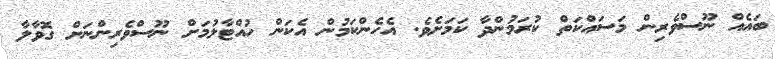
ބައެއް ނޫސްވެރިން މަސައްކަތް ކުރަމުންދާ ކަމަށެވެ. އެހެންކަމުން އެކަން ހުއްޓާލުމަށް ނޫސްވެރިންނަށް ގޮވާލާ